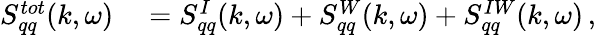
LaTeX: \begin{array}{rl}{S_{qq}^{tot}(k,\omega)}&{{}=S_{qq}^{I}(k,\omega)+S_{qq}^{W}(k,\omega)+S_{qq}^{IW}(k,\omega)\, ,}\end{array}